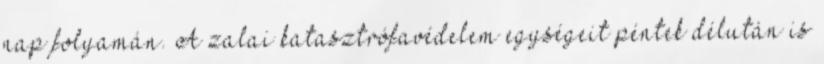
nap folyamán. A zalai katasztrófavédelem egységeit péntek délután is